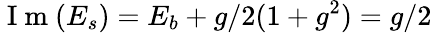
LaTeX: \mathrm{~I~m~}(E_{s})=E_{b}+g/2(1+g^{2})=g/2